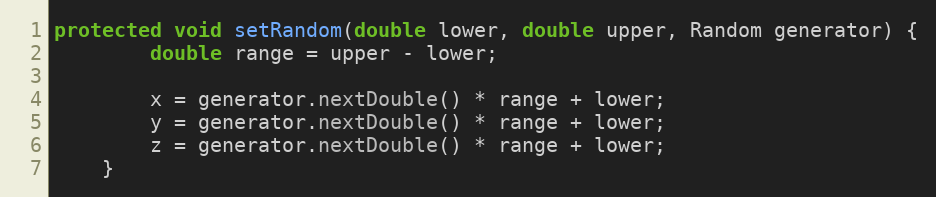
Language: Java
protected void setRandom(double lower, double upper, Random generator) {
        double range = upper - lower;

        x = generator.nextDouble() * range + lower;
        y = generator.nextDouble() * range + lower;
        z = generator.nextDouble() * range + lower;
    }